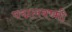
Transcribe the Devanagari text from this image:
पद्मलक्ष्मी